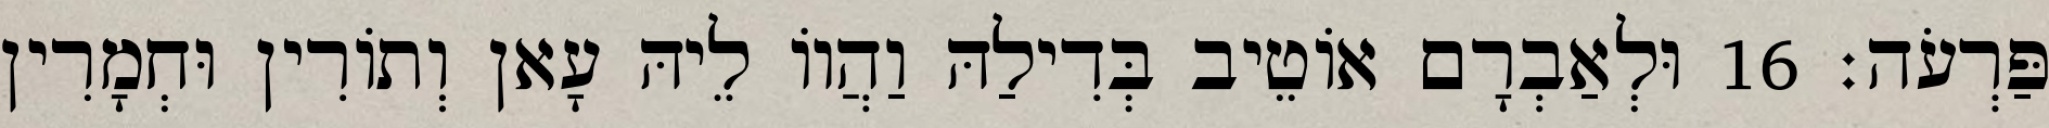
פַּרְעֹה׃ 16 וּלְאַבְרָם אוֹטֵיב בְּדִילַהּ וַהֲווֹ לֵיהּ עָאן וְתוֹרִין וּחְמָרִין